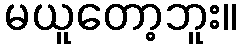
မယူတော့ဘူး။